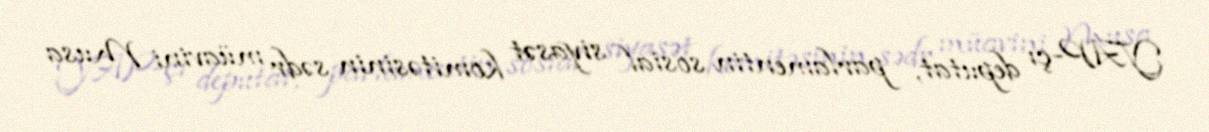
YAP-çı deputat, parlamentin sosial siyasət komitəsinin sədr müavini Musa